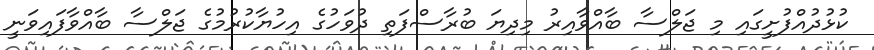
ކުޅުދުއްފުށީގައި މި ޖަލްސާ ބާއްވާއިރު މިދިޔަ ބުރާސްފަތި ދުވަހުގެ އިހުޔާކުރުމުގެ ޖަލްސާ ބާއްވާފައިވަނީ